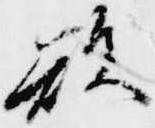
欲